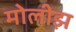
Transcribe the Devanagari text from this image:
मोलीझ